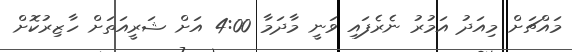
މައްޗަށް މިއަދު އަމުރު ނެރެފައި ވަނީ މާދަމާ 4:00 އަށް ޝަރީއަތަށް ހާޒިރުކޮށް